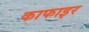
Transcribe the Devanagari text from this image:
काफाइर